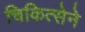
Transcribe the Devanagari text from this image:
चिकित्सेने